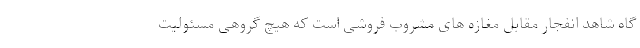
گاه شاهد انفجار مقابل مغازه های مشروب فروشی است که هیچ گروهی مسئولیت